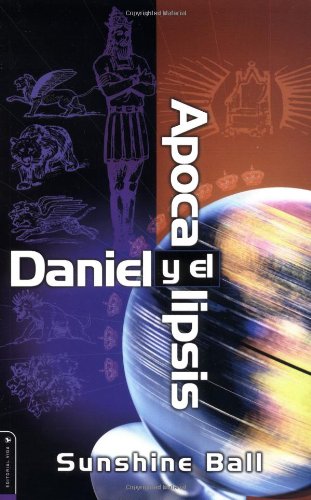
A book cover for Daniel y el Apocalipsis; Sunshine Ball; Christian Books & Bibles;